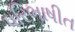
પરિભાષીત